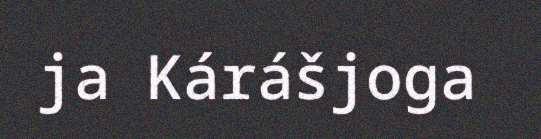
ja Kárášjoga